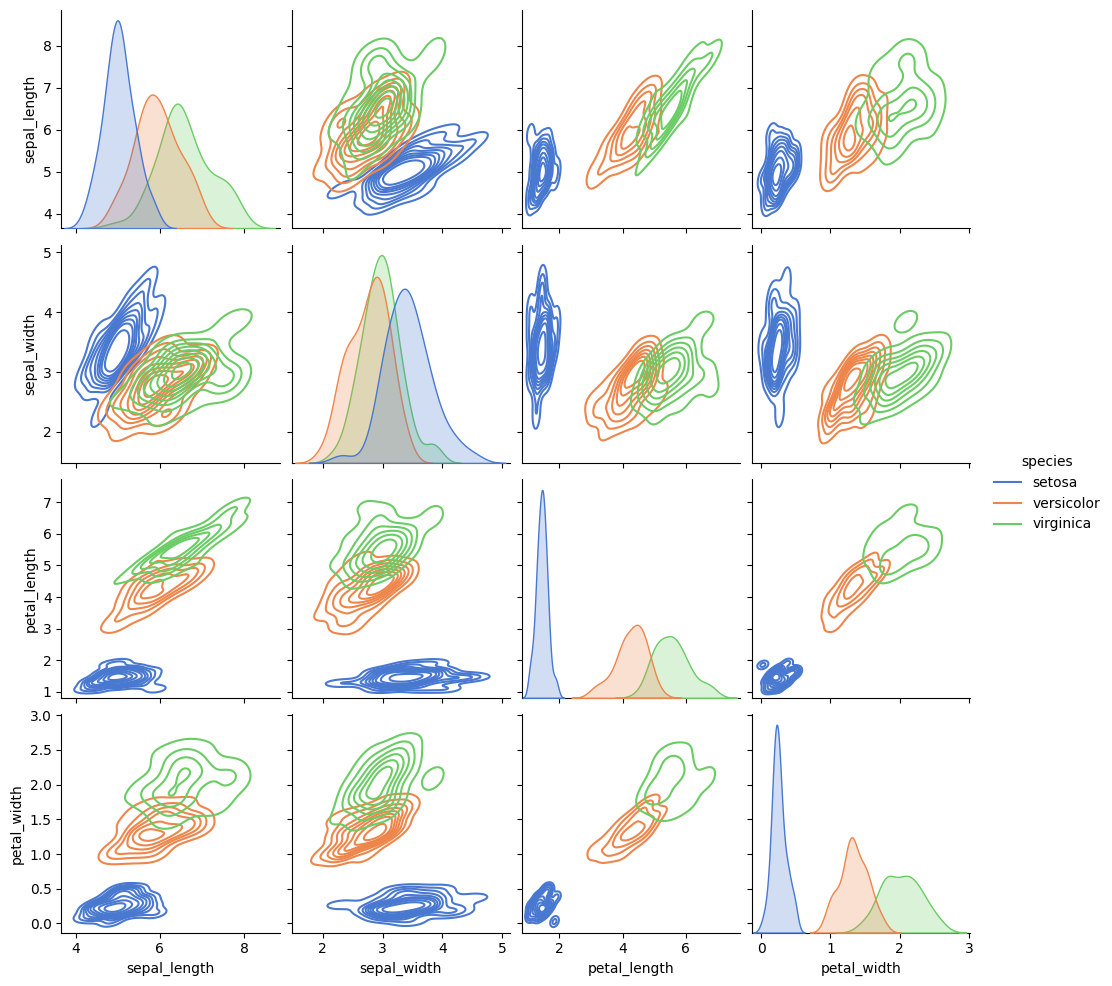
python, seaborn, pairplot, palette='muted', markers=['o', 's', 'D'], kind='kde', diag_kind='kde'